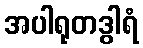
အပါရုတဒွါရံ